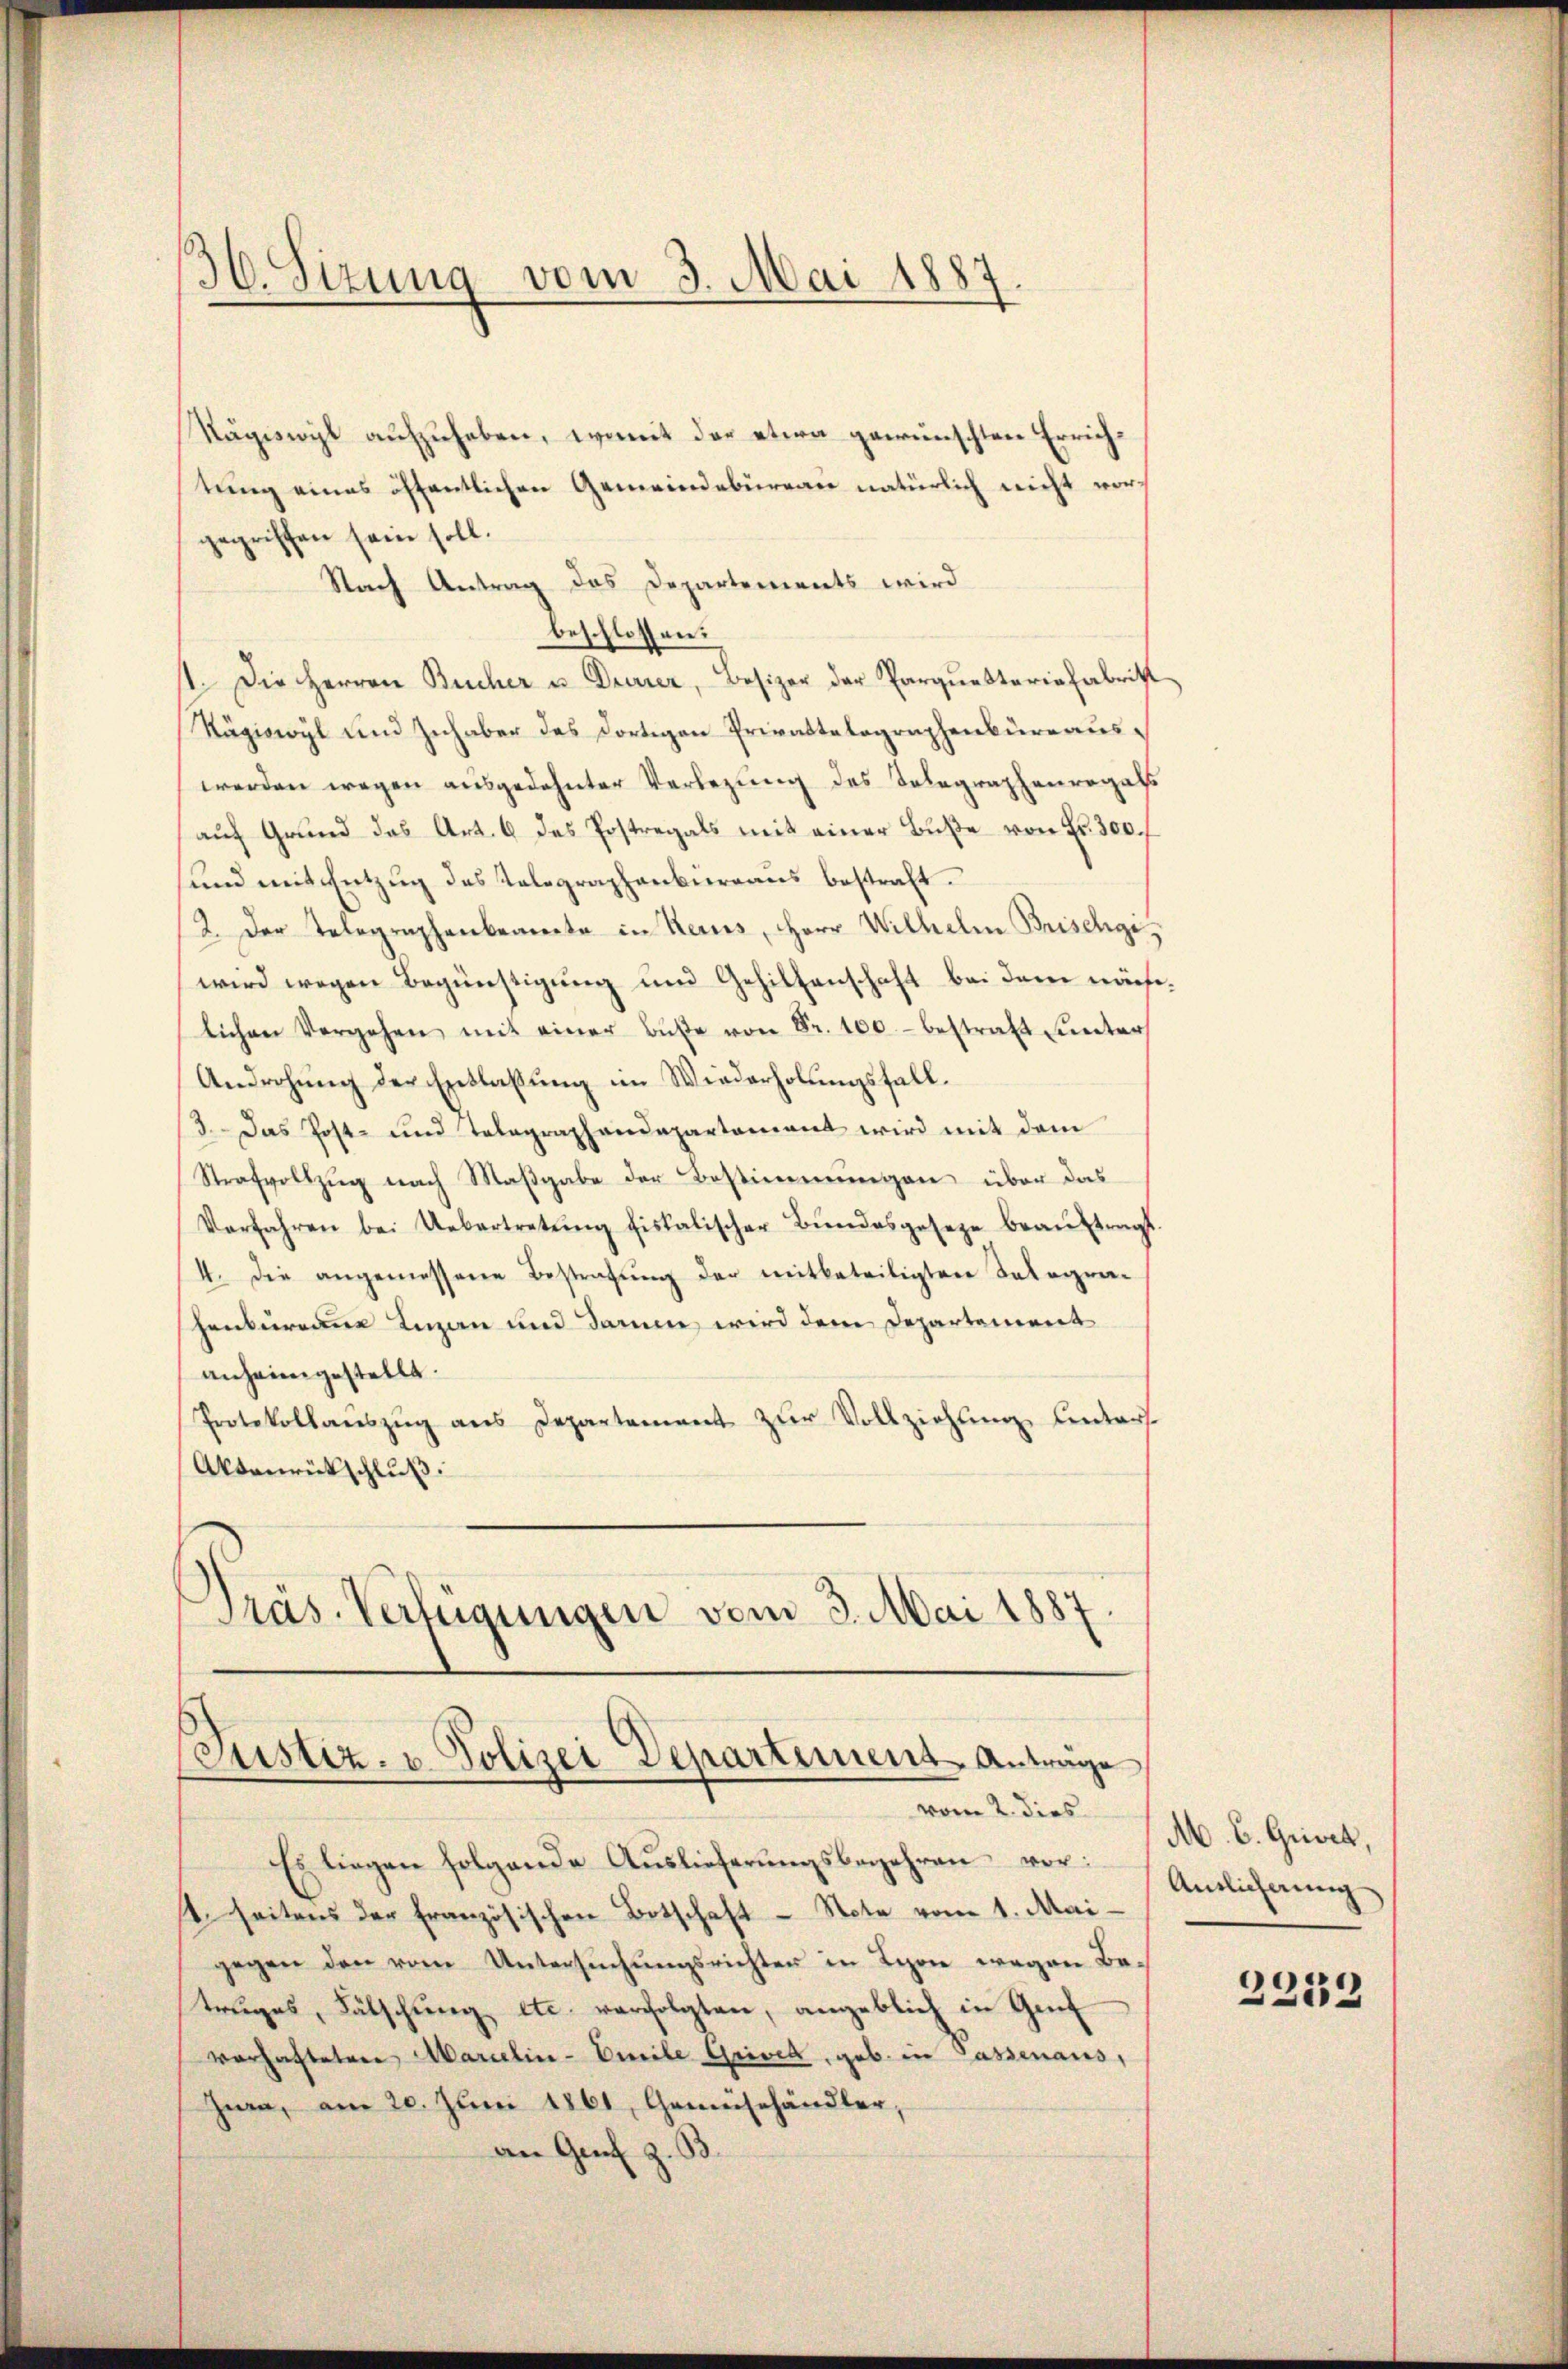
36. Sitzung vom 3. Mai 1887

Rägiswyl aufzuheben, womit der etwa gewünschten Errichtung eines öffentlichen Gemeindebüreau natürlich nicht vorgegriffen sein soll.
Nach Antrag das Departements wird
beschlossen:
st. Die Herren Bucher u. Dreier, Besizer der Parquesteriafabritt
Rägiswyl und Inhaber des dortigen Privattelographenbüreauswerden wegen ausgedehnter Verlegung des Telegraphenregals
auf Grund das Art. 6 des Postregals mit einer Buße von Fr. 300.
und mit Entzug des Telegraphenbüreaus bestraft.
2. Der Telegraphenbeamte in Neues, Herr Wilhelm Brischgi,
wird wegen Begünstigung und Gehilfenschaft bei dem nächlichen Vergehen mit einer Bŭβe von Fr. 100.- bestraft unter
Androhung der Entlassung im Wiederholungsfall.
3. Das Post- und Telegraphendepartement wird mit dem
Strafvollzug nach Maßgabe der Bestimmungen über das
Verfahren bei Uebertretŭng fiskalischer Bŭndesgeseze beaŭftragt.
4. Die angemessene Bestrafung der mitbeteiligten Telegrahenkurranne man und Damm wird dem Departement
anheimgestellt.
Protokollaŭszŭg ans Departement zŭr Vollziehung untert
Aktenrückschluß:
Präs. Verfügungen vom 3. Mai 1887.

Justiz- u. Polizei Departement Antrage
vom 2. dies

Es liegen folgende Auslieferŭngsbegehren vor:
1. seitens der französischen Botschaft - Note vom 1. Mai
gegen den vom Untersŭchŭngsrichten in Lyon wegen Betruges, Fälschung etc. verfolgten, angeblich in Genf
verhafteten Marielin-Emile Griver, geb. in Gassenaus,
Hea, am 20. Juni 1861, Gemüsehändler,
an Genf z. B.

M. C. Grivet,
Amtlicherung

2232